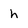
Character: h